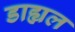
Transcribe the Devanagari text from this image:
डाह्यल